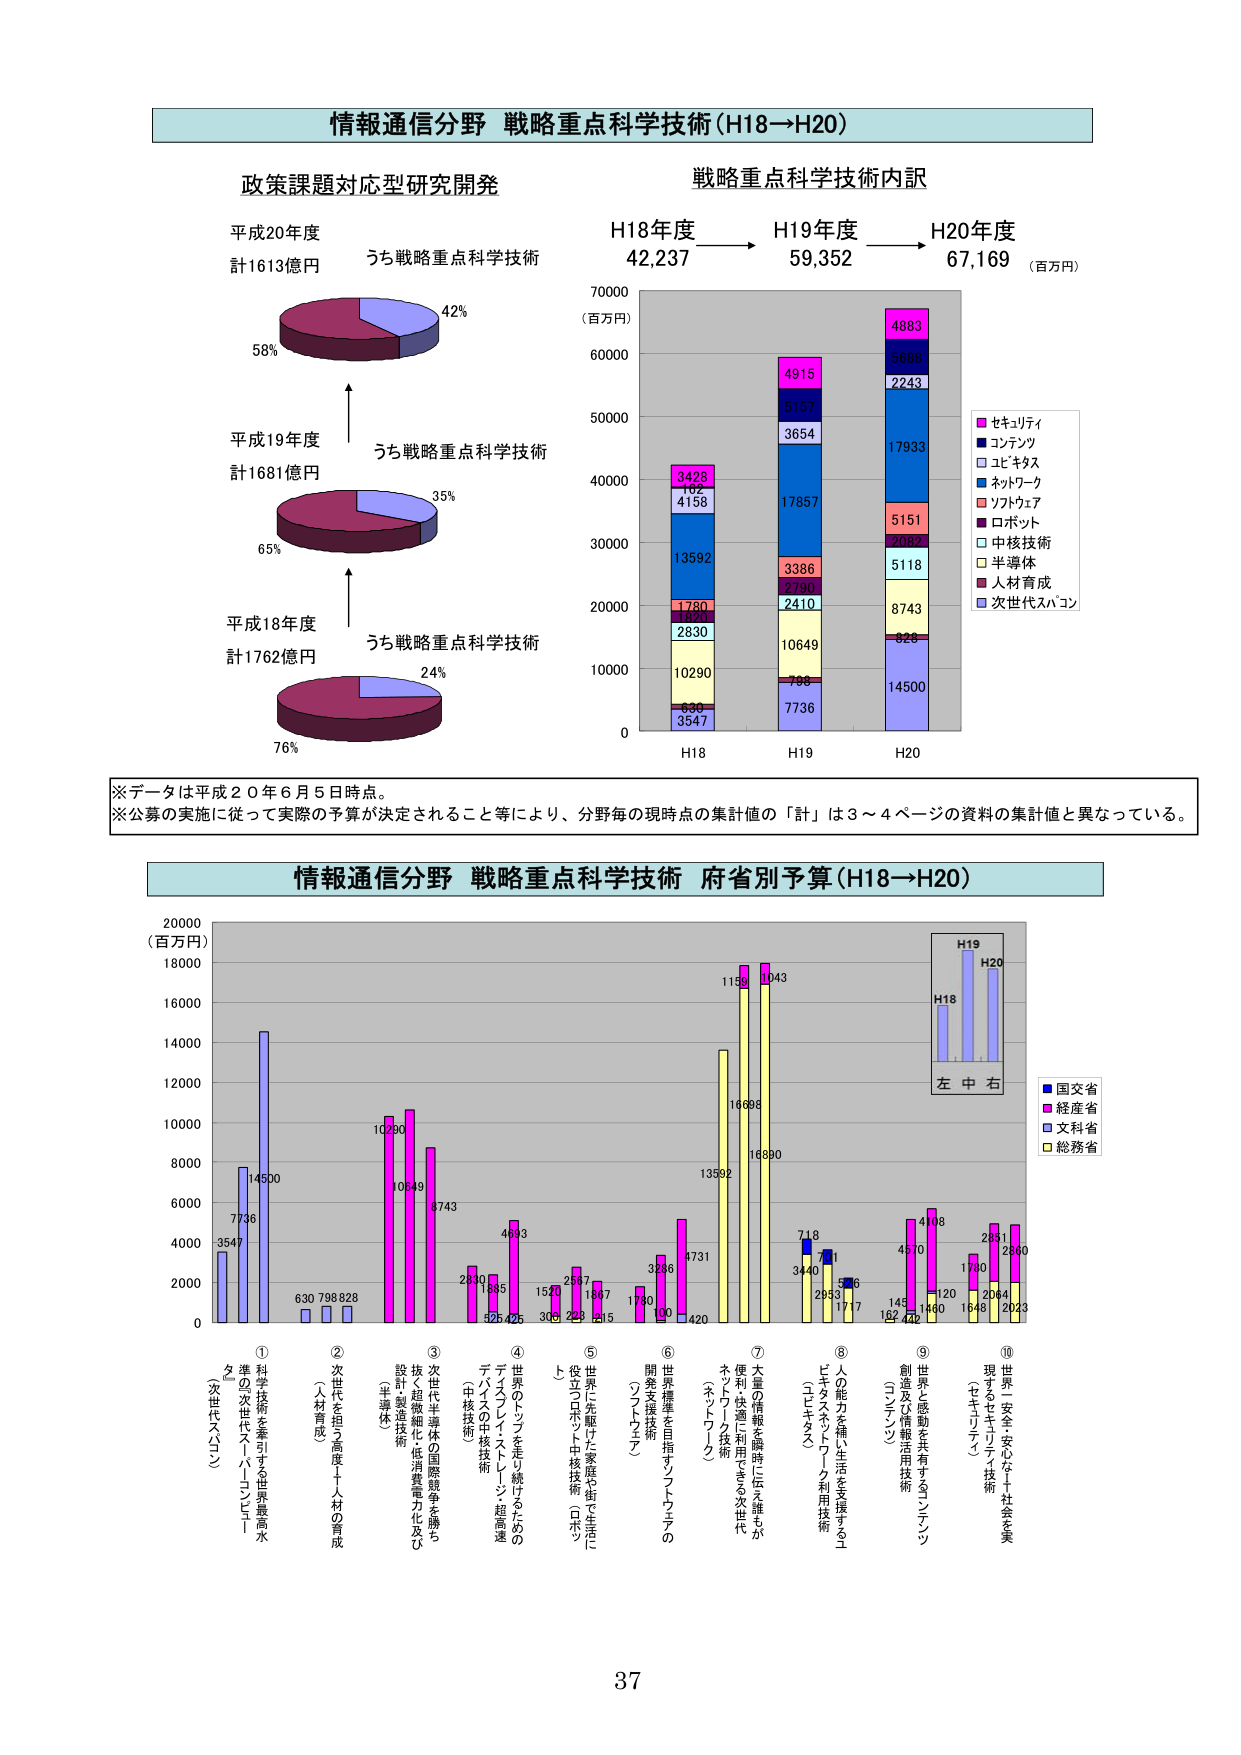
情報通信分野 戦略重点科学技術（H18→H20）

政策課題対応型研究開発

平成20年度
計1613億円
うち戦略重点科学技術
58% 42%

平成19年度
計1681億円
うち戦略重点科学技術
65% 35%

平成18年度
計1762億円
うち戦略重点科学技術
76% 24%

戦略重点科学技術内訳

H18年度 42,237
H19年度 59,352
H20年度 67,169 （百万円）

（百万円）
70000
60000
50000
40000
30000
20000
10000
0

H18
3428
102
4158
13592
1780
1820
2830
10290
630
3547

H19
4915
5157
3654
17857
3386
2790
2410
10649
798
7736

H20
4883
5688
2243
17933
5151
2082
5118
8743
828
14500

■ セキュリティ
□ コンテンツ
■ ビジネス
■ ネットワーク
■ ソフトウェア
■ ロボット
□ 中核技術
□ 半導体
■ 人材育成
■ 次世代スパコン

※データは平成２０年６月５日時点。
※公募の実施に従って実際の予算が決定されること等により、分野毎の現時点の集計値の「計」は３～４ページの資料の集計値と異なっている。

情報通信分野 戦略重点科学技術 府省別予算（H18→H20）

（百万円）
20000
18000
16000
14000
12000
10000
8000
6000
4000
2000
0

H19
H20
H18
左 中 右

■ 国交省
■ 経産省
■ 文科省
■ 総務省

3547 7736 14500
630 798 828
10290 10849 8743
2830 1885 4693
1520 2567 1867
1780 3286 4731
13592 11199 11043
16698 16890
718 3440 701
2953 526 1717
145 4570 4108
120 1460 2851
1780 1848 2860
2064 2023

① 科学技術を牽引する世界最高水準の次世代スーパーコンピュータ（次世代スパコン）
② 次世代を担う高度人材の育成（人材育成）
③ 次世代半導体の国際競争を勝ち抜く超微細化・低消費電力化及び設計・製造技術（半導体）
④ 世界のトップを走り続けるためのデバイス・フレームワーク・超高速（中核技術）
⑤ 世界に先駆けた家庭や街で生活に役立つロボット・中核技術（ロボット）
⑥ 世界標準を目指すソフトウェアの開発支援技術（ソフトウェア）
⑦ 大量の情報を瞬時に伝え誰もが便利・快適に利用できる次世代ネットワーク技術（ネットワーク）
⑧ 人の能力を補い生活を支援するユビキタス・ネットワーク利用技術（ユビキタス）
⑨ 世界と感動を共有するコンテンツ創造及び情報活用技術（コンテンツ）
⑩ 世界に安全・安心な社会を実現するセキュリティ技術（セキュリティ）

37